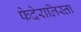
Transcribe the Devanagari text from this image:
फेदेरालिस्ता